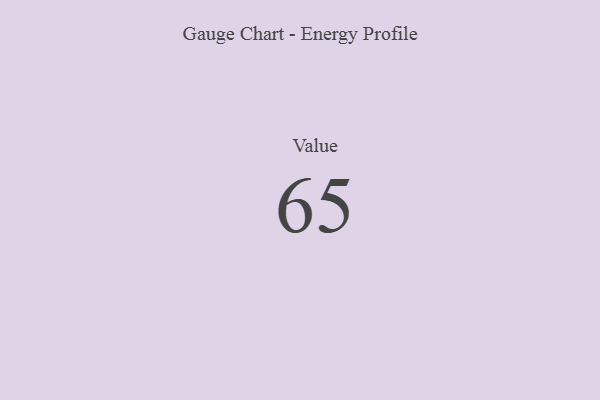
{"axis": {"x": "Metric", "y": "Value"}, "legend": [""], "data": [{"x": "Value", "y": 65, "type": ""}]}